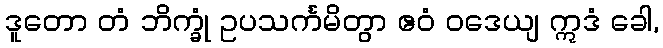
ဒူတော တံ ဘိက္ခုံ ဥပသင်္ကမိတွာ ဧဝံ ဝဒေယျ ဣဒံ ခေါ,